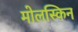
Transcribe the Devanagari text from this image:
मोलस्किन